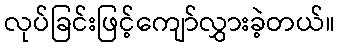
လုပ်ခြင်းဖြင့်ကျော်လွှားခဲ့တယ်။